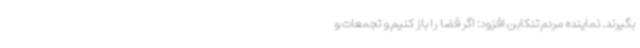
بگیرند. نماینده مردم تنکابن افزود: اگر فضا را باز کنیم و تجمعات و